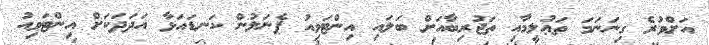
އަށްވުރެ ގިނަނަމަ ތަޢުލީމާއި ތަޖުރިބާއަށް ބަލައި އިންޓަވިއު ޕެނަލުން ކަނޑައަޅާ އަދަދަކަށް އިންޓަވިއު